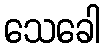
သေခေါ